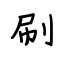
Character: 刷